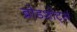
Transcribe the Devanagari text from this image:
ब्रोडशोर्ट्स